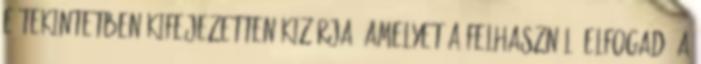
e tekintetben kifejezetten kizárja, amelyet a Felhasználó elfogad. A